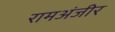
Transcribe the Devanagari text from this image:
रामअंजीर